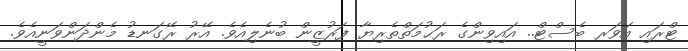
ޓްރައި އަވަރ ބެސްޓް.. އައިވިންގެ ރަޙުމަތްތެރިޔާ ފަރުޒީން ބުނެލިއެވެ. އޭރު ރޭގަނޑު މެންދަންވަނީއެވެ.